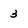
Character: 3